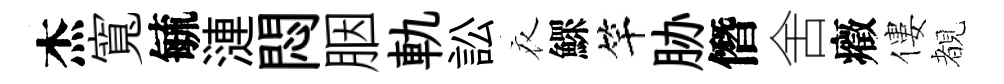
杰寬毓漣悶胭軌訟衣鰥竿胁僭舍癥僂覩